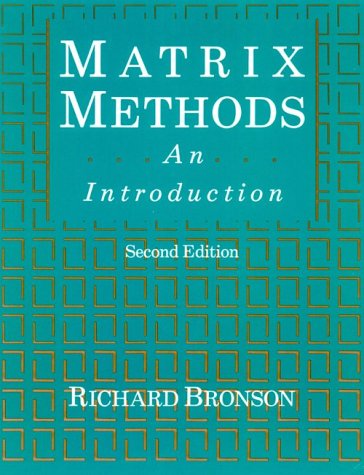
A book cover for Matrix Methods, Second Edition: An Introduction; Richard Bronson; Science & Math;